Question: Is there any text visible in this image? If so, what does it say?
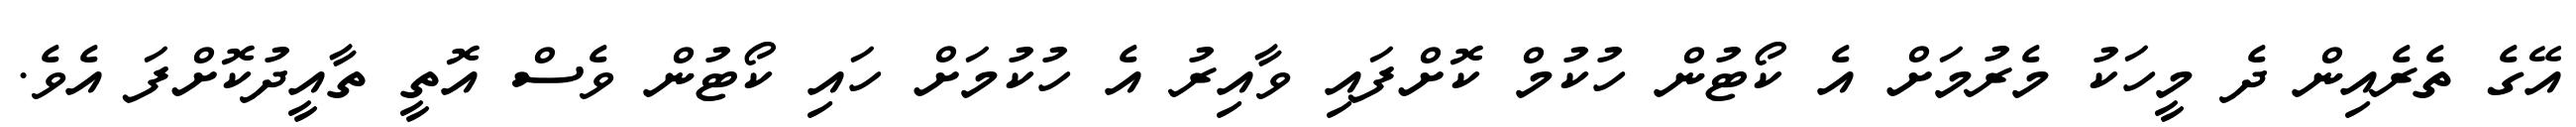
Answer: އޭގެ ތެރެއިން ދެ މީހަކު މެރުމަށް އެ ކޯޓުން ހުކުމް ކޮށްފައި ވާއިރު އެ ހުކުމަށް ހައި ކޯޓުން ވެސް އޮތީ ތާއީދުކޮށްފަ އެވެ.